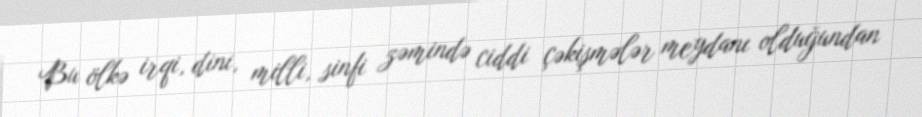
Bu ölkə irqi, dini, milli, sinfi zəmində ciddi çəkişmələr meydanı olduğundan